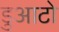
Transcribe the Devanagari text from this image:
डुआटो